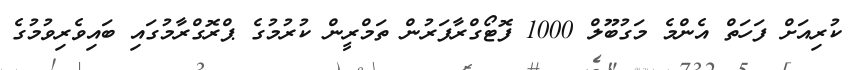
ކުރިއަށް ފަހަތް އެންމެ މަގުބޫލް 1000 ފޮޓޯގްރާފަރުން ތަމްރީން ކުރުމުގެ ޕްރޮގްރާމުގައި ބައިވެރިވުމުގެ